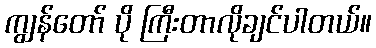
ကျွန်တော် ပို ကြီးတာလိုချင်ပါတယ်။